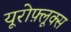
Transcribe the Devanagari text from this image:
यूरोफ़्लूक्स